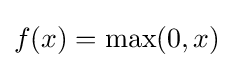
{\textstyle f(x)=\max(0,x)}